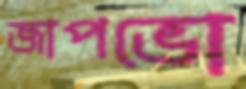
জাপভো